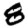
Digit: 8